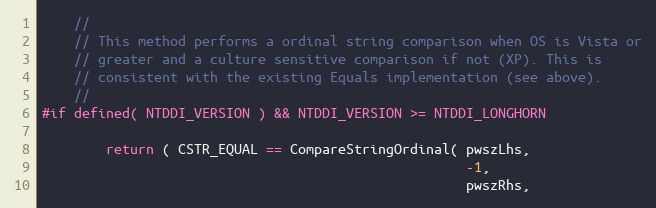
Language: C
    //
    // This method performs a ordinal string comparison when OS is Vista or
    // greater and a culture sensitive comparison if not (XP). This is
    // consistent with the existing Equals implementation (see above).
    //
#if defined( NTDDI_VERSION ) && NTDDI_VERSION >= NTDDI_LONGHORN

        return ( CSTR_EQUAL == CompareStringOrdinal( pwszLhs,
                                                     -1,
                                                     pwszRhs,